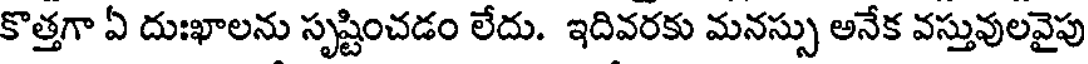
కొత్తగా ఏ దుఃఖాలను సృష్టించడం లేదు. ఇదివరకు మనస్సు అనేక వస్తువులవైపు